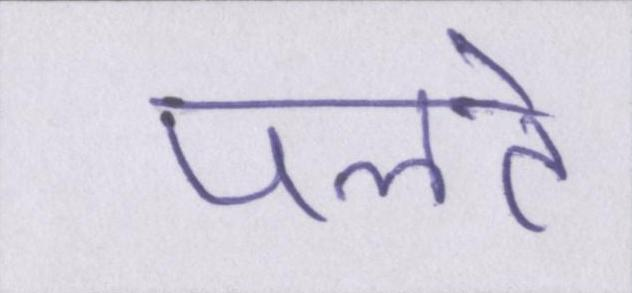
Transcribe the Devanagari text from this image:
पलते